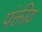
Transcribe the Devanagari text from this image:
पंक्तीय